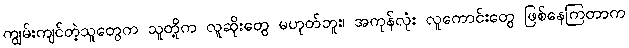
ကျွမ်းကျင်တဲ့သူတွေက သူတို့က လူဆိုးတွေ မဟုတ်ဘူး၊ အကုန်လုံး လူကောင်းတွေ ဖြစ်နေကြတာက